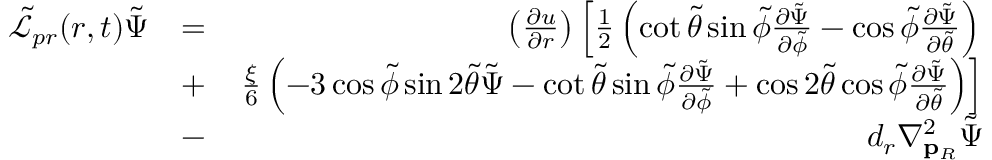
\begin{array} { r l r } { \tilde { \mathcal { L } } _ { p r } ( r , t ) \tilde { \Psi } } & { = } & { \left( \frac { \partial u } { \partial r } \right) \left[ \frac { 1 } { 2 } \left( \cot { \tilde { \theta } } \sin { \tilde { \phi } } \frac { \partial \tilde { \Psi } } { \partial \tilde { \phi } } - \cos { \tilde { \phi } } \frac { \partial \tilde { \Psi } } { \partial \tilde { \theta } } \right) \right. } \\ & { + } & { \left. \frac { \xi } { 6 } \left( - 3 \cos { \tilde { \phi } } \sin { 2 \tilde { \theta } } \tilde { \Psi } - \cot { \tilde { \theta } } \sin { \tilde { \phi } } \frac { \partial \tilde { \Psi } } { \partial \tilde { \phi } } + \cos { 2 \tilde { \theta } } \cos { \tilde { \phi } } \frac { \partial \tilde { \Psi } } { \partial \tilde { \theta } } \right) \right] } \\ & { - } & { d _ { r } \nabla _ { \mathbf { p } _ { R } } ^ { 2 } \tilde { \Psi } } \end{array}